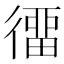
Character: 𢔲